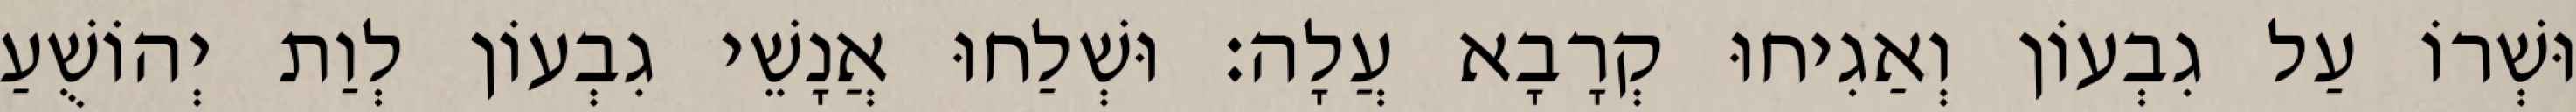
וּשְׁרוֹ עַל גִבְעוֹן וְאַגִיחוּ קְרָבָא עֲלָה׃ וּשְׁלַחוּ אֲנָשֵׁי גִבְעוֹן לְוַת יְהוֹשֻׁעַ